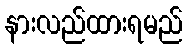
နားလည်ထားရမည်